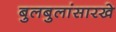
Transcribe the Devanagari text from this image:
बुलबुलांसारखे